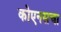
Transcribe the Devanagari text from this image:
कोएनसचा